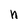
Character: h